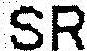
SR